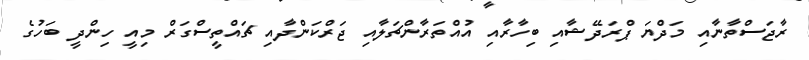
ރާޖަސްތާނާއި މަދްޔަ ޕްރަދޭޝާއި ބިހާރާއި އުއްތަރާންޗަލާއި ޖަރްކަންދާއި ޗައްތީސްގަރް މިއީ ހިންދީ ބަހުގެ